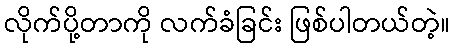
လိုက်ပို့တာကို လက်ခံခြင်း ဖြစ်ပါတယ်တဲ့။